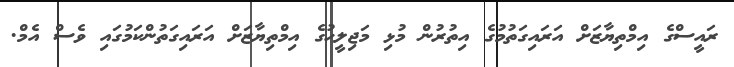
ރައީސްގެ އިމްތިޔާޒަށް އަރައިގަތުމުގެ އިތުރުން މުޅި މަޖިލީހުގެ އިމްތިޔާޒަށް އަރައިގަތުންކަމުގައި ވެސް އެމް.